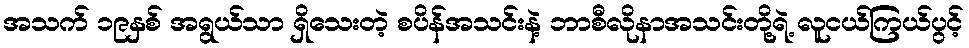
အသက် ၁၉နှစ် အရွယ်သာ ရှိသေးတဲ့ စပိန်အသင်းနဲ့ ဘာစီလိုနာအသင်းတို့ရဲ့ လူငယ်ကြယ်ပွင့်